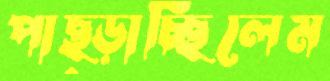
পাছ্‌ড়াচ্ছিলেম